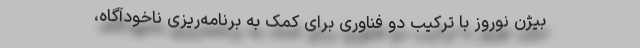
بیژن نوروز با ترکیب دو فناوری برای کمک به برنامه‌ریزی ناخودآگاه،